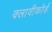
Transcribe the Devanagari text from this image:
क्लावीकोर्ड